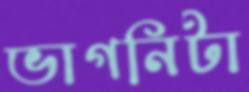
ভাগনিটা